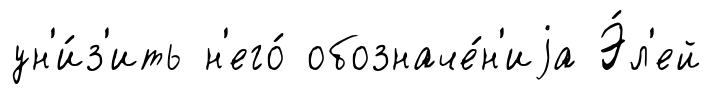
ун'и́з'ить н'его́ обозначе́н'иjа Э́л'ей